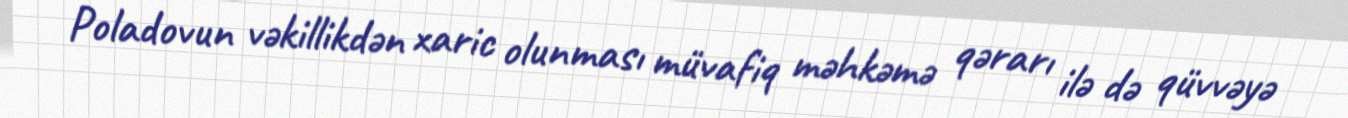
Poladovun vəkillikdən xaric olunması müvafiq məhkəmə qərarı ilə də qüvvəyə